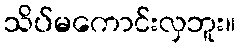
သိပ်မကောင်းလှဘူး။